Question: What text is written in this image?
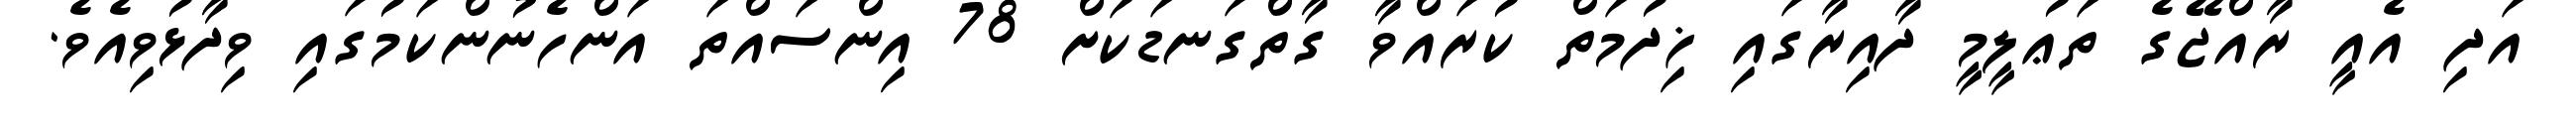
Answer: އަދި އެއީ ރާއްޖޭގެ ތަޢުލީމީ ދާއިރާގައި ޚިދުމަތް ކުރައްވާ ގާތްގަނޑަކަށް 78 އިންސައްތަ އަންހެނުންކަމުގައި ވިދާޅުވިއެވެ.